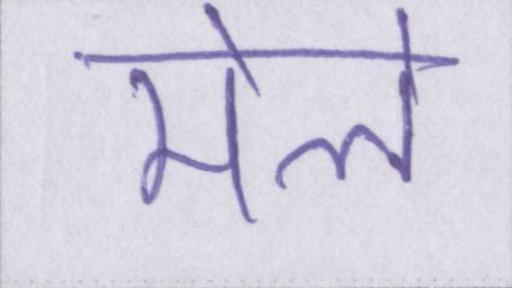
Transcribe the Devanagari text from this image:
मेले